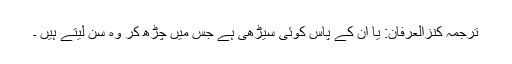
ترجمۂ کنزُالعِرفان: یا ان کے پاس کوئی سیڑھی ہے جس میں چڑھ کر وہ سن لیتے ہیں ۔